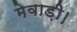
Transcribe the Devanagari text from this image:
मेवाड़ी।